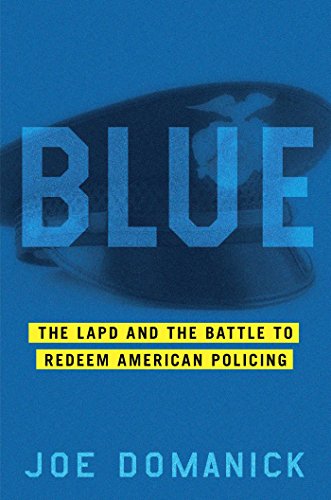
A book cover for Blue: The LAPD and the Battle to Redeem American Policing; Joe Domanick; Law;